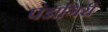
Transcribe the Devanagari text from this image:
पंडागिरी